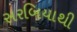
સરબિયાથી